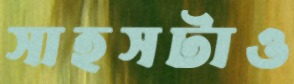
সাহসটাও